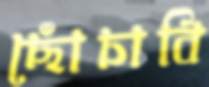
ছোঁচাবি